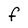
Character: F